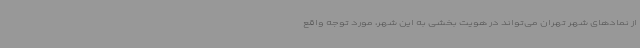
از نمادهای شهر تهران می‌تواند در هویت بخشی به این شهر، مورد توجه واقع